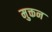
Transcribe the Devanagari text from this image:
मुक्तन